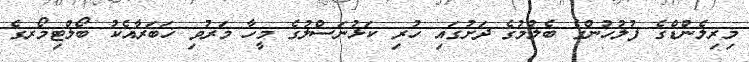
މިރިލެންޑްގެ ފުލުހުންގެ ބެލުމުގެ ދަށުގައި ހުރި ކަޅުނަސްލުގެ މީހާ މަރުވި ޚަބަރާއެކު ބޯލްޓިމޯރގެ